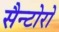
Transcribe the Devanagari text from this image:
सैन्टोरो